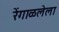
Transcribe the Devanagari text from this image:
रेंगाळलेला